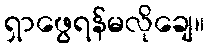
ရှာဖွေရန်မလိုချေ။